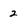
Character: 2